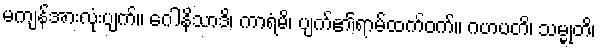
မကျန်အားလုံးပျက်။ ဂေါနိသာဒိ၊ ကာရံမိ၊ ပျက်၏ရာမ်ထက်ဝက်။ ဂဟပတိ၊ သမ္မုတိ၊